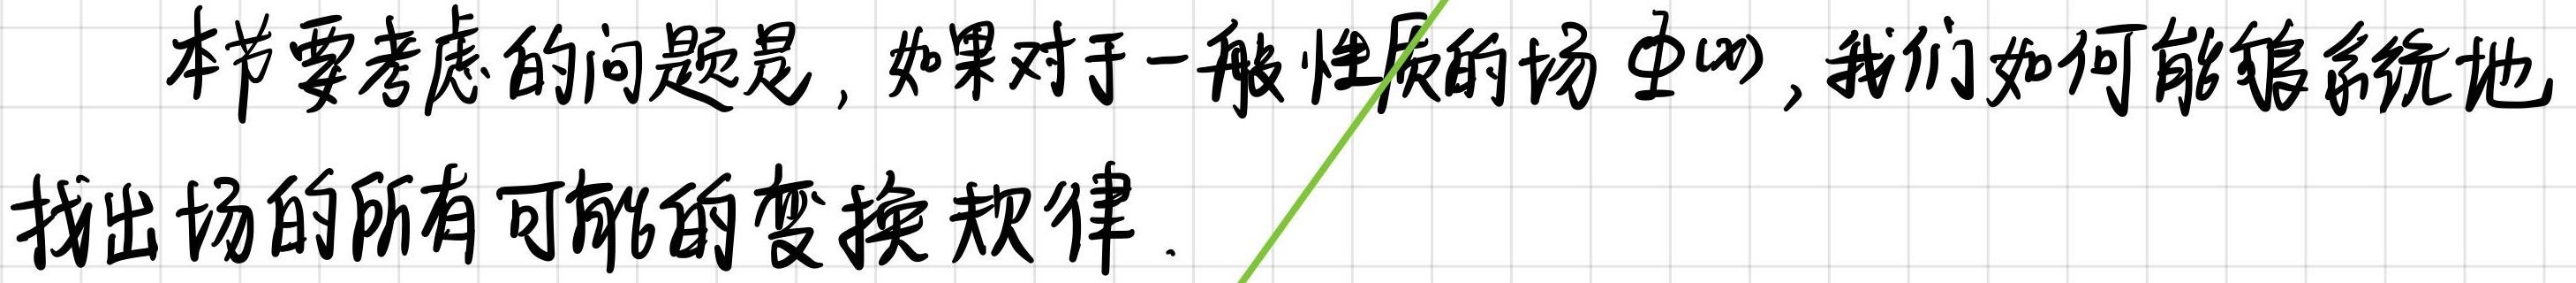
本节要考虑的问题是，如果对于一般性质的场 $\Phi(x)$，我们如何能够系统地找出场的所有可能的变换规律.